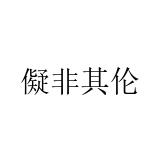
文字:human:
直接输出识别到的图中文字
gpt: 儗非其伦